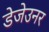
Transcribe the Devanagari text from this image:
डेजेउनर